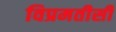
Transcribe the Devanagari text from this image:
विप्रमतीसी